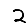
Digit: 2